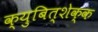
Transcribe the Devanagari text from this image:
क्युबित्शेक्क